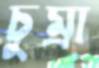
চুম্‌রা